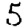
Digit: 5